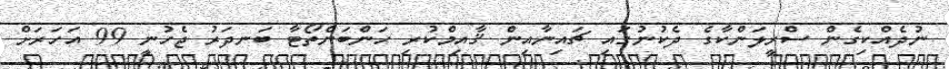
ނުދެއްކިގެން ސްރީލަންކާގެ ދެކުނުގައި ޗައިނާއިން ޤާއިމްކުރި ހަންބަންތޯޓާ ބަނދަރު ޖެހުނީ 99 އަހަރަށް